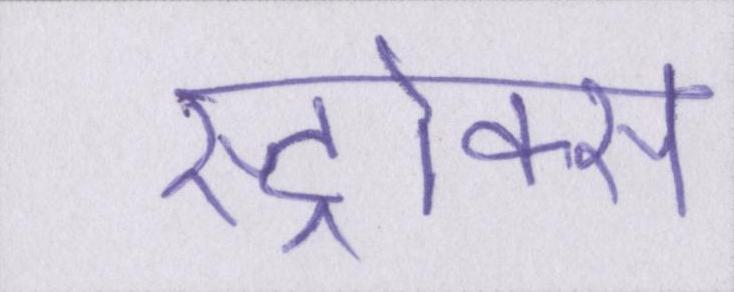
स्ट्रोक्स